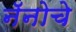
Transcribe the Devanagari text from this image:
नॅनोचे